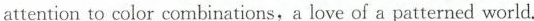
attention to color combinations, a love of a patterned world.